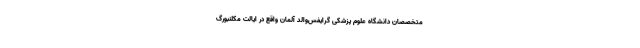
متخصصان دانشگاه علوم پزشکی گرایفس‌والد آلمان واقع در ایالت مکلنبورگ